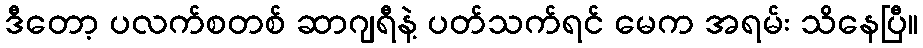
ဒီတော့ ပလက်စတစ် ဆာဂျရီနဲ့ ပတ်သက်ရင် မေက အရမ်း သိနေပြီ။